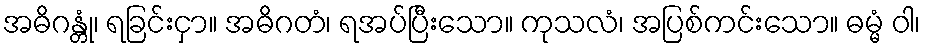
အဓိဂန္တုံ၊ ရခြင်းငှာ။ အဓိဂတံ၊ ရအပ်ပြီးသော။ ကုသလံ၊ အပြစ်ကင်းသော။ ဓမ္မံ ဝါ၊